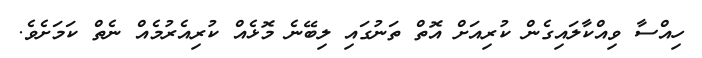
ހިއްސާ ވިއްކާލައިގެން ކުރިއަށް އޮތް ތަނުގައި ލިބޭނެ މޮޅެއް ކުރިއެރުމެއް ނެތް ކަމަށެވެ.